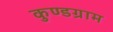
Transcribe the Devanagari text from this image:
कुण्डग्राम